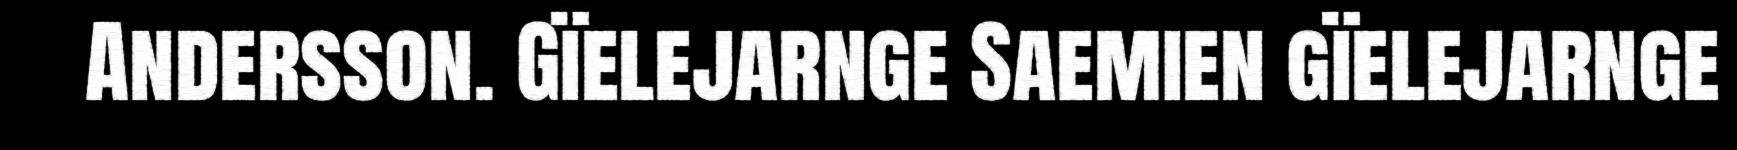
Andersson. Gïelejarnge Saemien gïelejarnge